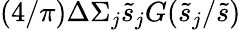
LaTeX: (4/\pi)\Delta\Sigma_{j}\tilde{s}_{j}G(\tilde{s}_{j}/\tilde{s})